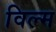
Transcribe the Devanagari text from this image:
विल्म